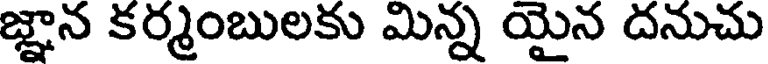
జ్ఞాన కర్మంబులకు మిన్న యైన దనుచు